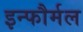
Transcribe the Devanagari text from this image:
इन्फौर्मल